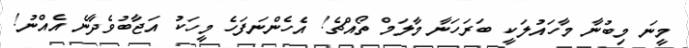
މީނަ މިބުނާ މާހައުލަކީ ބަރަހަނާ މާލަމް ތޯއްޗެ! އެހެންނަފަހެ މީހަކު އަޖާބުވެދާނެ އެއްނު!